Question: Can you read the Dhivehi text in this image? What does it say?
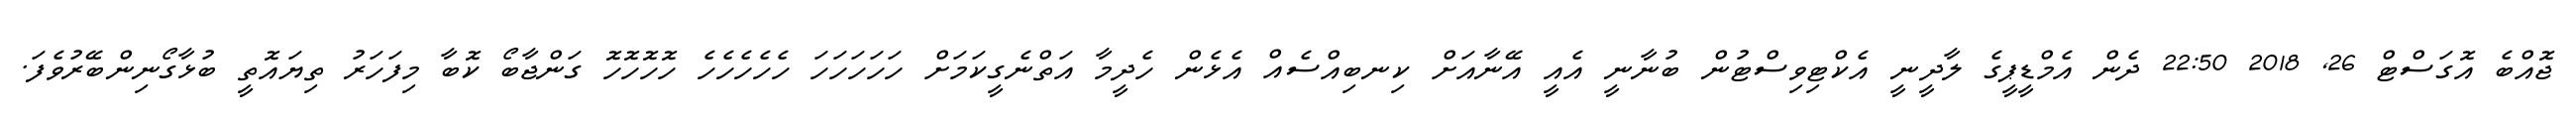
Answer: ޖޮއްބެ އޮގަސްޓް 26, 2018 22:50 ދެން އެމްޑީޕީގެ ލާދީނީ އެކްޓިވިސްޓުން ބުނާނީ އެއީ އޭނާއަށް ކިނބިއްސެއް އެޅެން ހެދީމާ އަތްނެގީކަމަށް ހަހަހަހަހަ ހެހެހެހެހެ ހޮހޮހޮހޮ ގަންޖާބޯ ކޮބާ މިފަހަރު ތިޔައޮތީ ބުޅާގޯނިންބޭރުވެފަ.